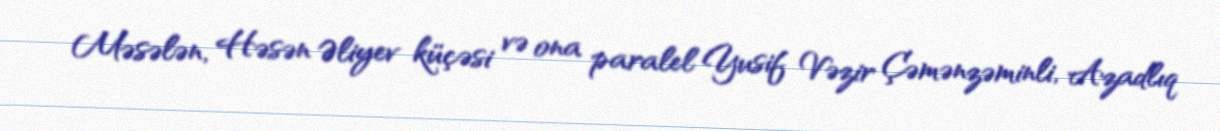
Məsələn, Həsən Əliyev küçəsi və ona paralel Yusif Vəzir Çəmənzəminli, Azadlıq